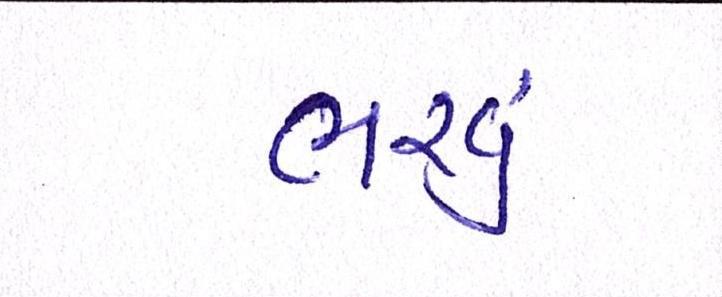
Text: ભરવું